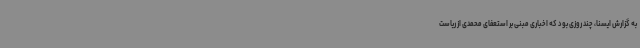
به گزارش ایسنا، چند روزی بود که اخباری مبنی بر استعفای محمدی از ریاست